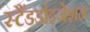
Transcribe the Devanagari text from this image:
स्टैंडर्डाइजेशन